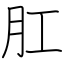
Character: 肛